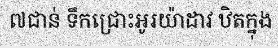
៧ជាន់ ទឹកជ្រោះអូរយ៉ាដាវ ឋិតក្នុង